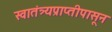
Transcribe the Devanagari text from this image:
स्वातंत्र्यप्राप्तीपासून